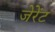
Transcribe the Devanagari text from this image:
जेरेंट